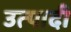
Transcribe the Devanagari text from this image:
उत्पादी